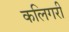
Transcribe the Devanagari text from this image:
कलिगरी